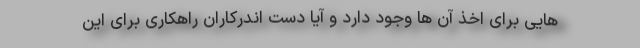
هایی برای اخذ آن ها وجود دارد و آیا دست اندرکاران راهکاری برای این